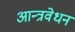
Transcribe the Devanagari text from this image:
आन्त्रवेधन